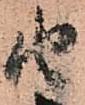
由